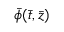
\bar { \phi } ( \bar { t } , \bar { z } )